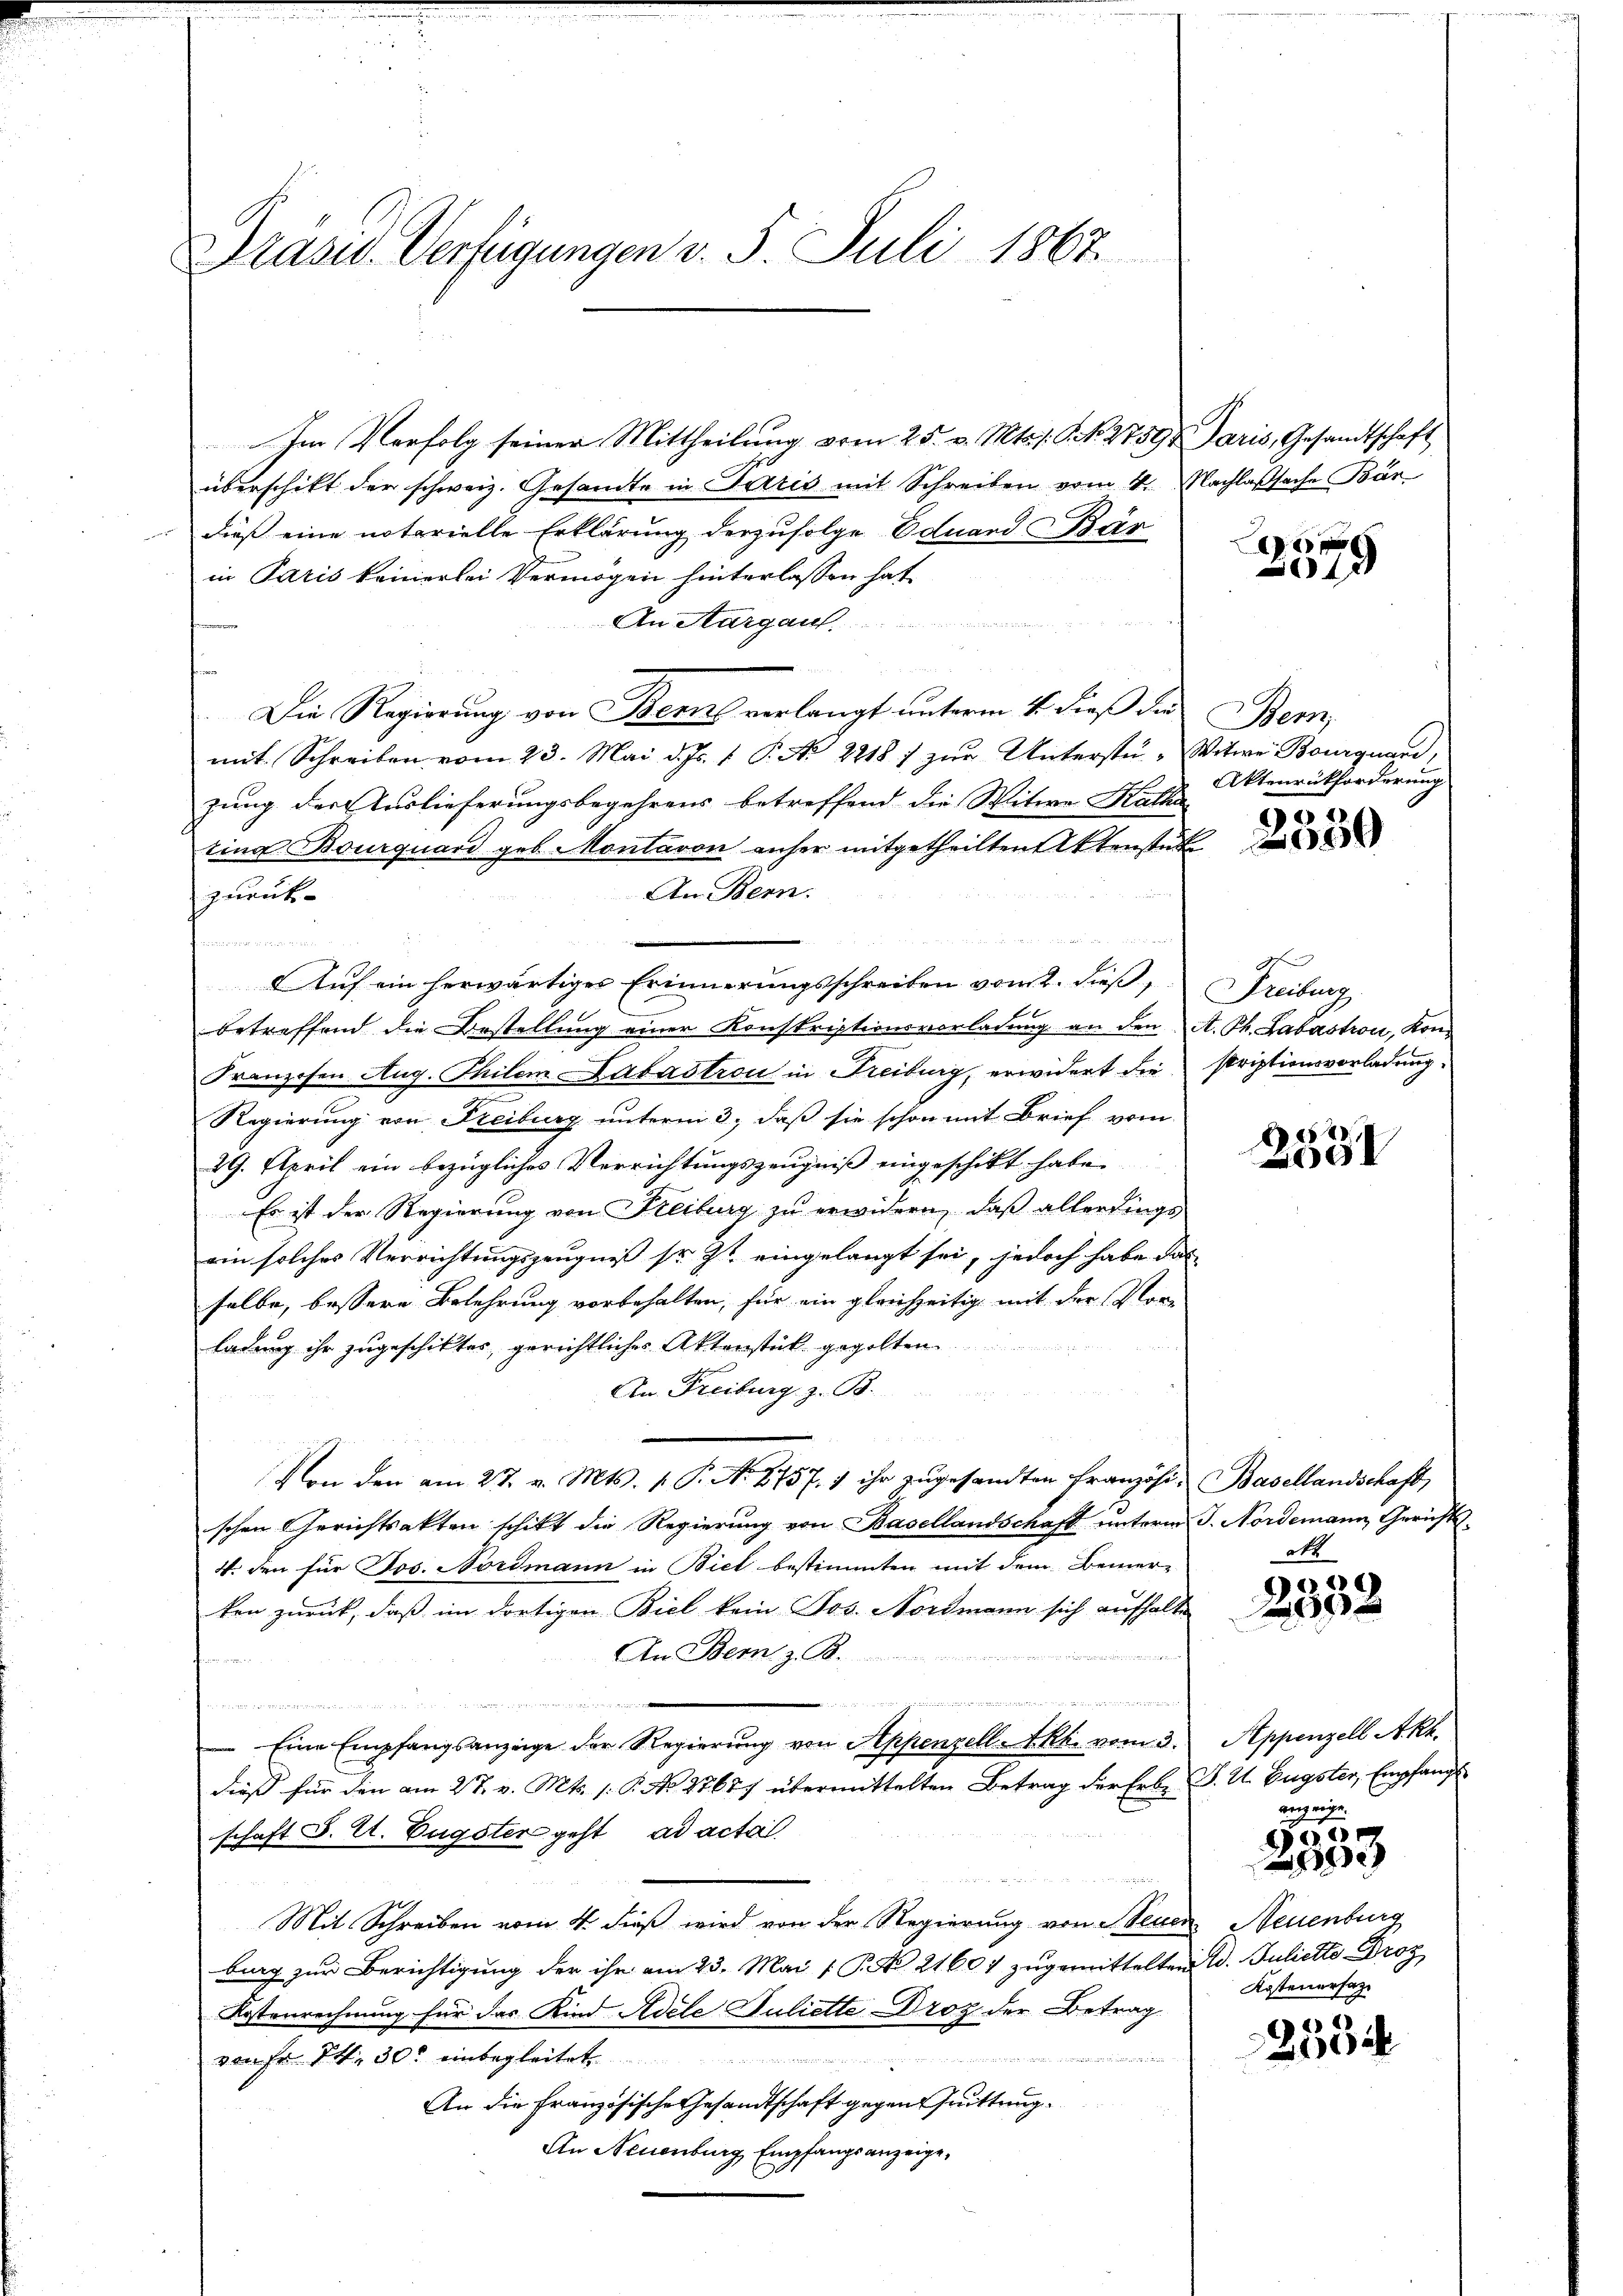
Präsid. Verfügungen v. 5. Juli 1867.

Im Verfolg seiner Mittheilung vom 25. v. Mts. s. S. N. 2759 Paris, Gesandtschaft
überschikt der schweiz. Gesandte in Terris mit Schreiben vom 4. Nachlaßsache Bär
dieß eine notarielle Erklärung derzufolge Eduard Bar
in Paris keinerlei Vermögen hinterlassen hat.
An Thurgau
Die Regierung von Berns verlangt unterm 4. dieβ das Bern,
mit Schreiben vom 23. Mai d. Js. 1. P. Nr. 2218 / zŭr Unterstü- Witwe Bourquard,
zung der Auslieferungsbegehrens betreffend die Witwe Katha
tina Bourquard geb. Montavon anher mitgetheilten Aktenstet
An Bern.
zurück-
iieren u. wenn e
Aŭf ein herwärtiges Erinnerungsschreiben vom 2. dieβ, Freiburg
6
betreffend die Bestellung einer Konskriptionsverladung an den A. Ph. Labastron, Kon¬
Franzosen Aug. Thilem Labastron in Freiburg, erwidert die striptionsvorladung.
Regierung von Freiburg unterm 3. daß sie schon mit Brief vom
29. April ein bezügliches Verrichtungszeugniß eingeschikt habe.
Es ist der Regierung von Freiburg zu erwidern, daß allerdings
ein solches Verrichtungszeugniß sr. Zt. eingelangt sei, jedoch habe das
selbe, bessere Belehrung vorbehalten, für ein gleichzeitig mit der Vorladung ihr zugeschiktes, gerichtliches Aktenstück gegolten
An Freiburg z. B.
u
Von der am 27. v. Mts. 1. P. N. 2757. 5 ihr zugesandten Französi, Basellandschaft,
schen Gerichtsakten schikt die Regierung von Basellandschaft unterm 3. Nordemann Gerichts-
V. den für Jos. Nordmann in Biel bestimmten mit dem Bemer-
ken zurück, daß im dortigen Biel kein Jos. Nordmann sich aufhalte
An Bern z. B.

des Meer unsere schon einer den und die in den des in der mit eingen den
m
t in die in den in de
Eine Empfangsanzeige der Regierung von Appenzell A.Rh. vom 3.
dieß für den am 27. v. Mts. s: P. No 27687 übermittelten Betrag der Erbe J. U. Eugster, Empfangs
schaft S. U. Eugster geht, ad acta
e
Mit Schreiben vom 4. dieß wird von der Regierung von Steuer Neuenburg
burg zur Berichtigung der ihr am 23. Mai / P. R. 21604 zugemittelten W. Bullette Droz
Kostenrechnung für das Kind Adele Juliette Droz der Betrag
von fr. Zt. 30. einbegleiteten |
An die Französische Gesandtschaft gegen Quittung.
An Neuenburg Empfangsanzeige,

42

Aktenrückforderung

2
2059

ge

2531

okt

6)
 x

Appenzell Akt.
anzeige.

8000
2

Kostenersatz

2534